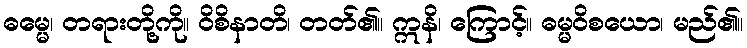
ဓမ္မေ၊ တရားတို့ကို။ ဝိစိနာတိ၊ တတ်၏။ ဣနိ၊ ကြောင့်။ ဓမ္မဝိစယော၊ မည်၏။